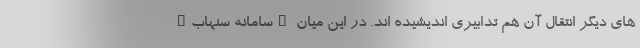
های دیگر انتقال آن هم تدابیری اندیشیده اند. در این میان "سامانه سنهاب"